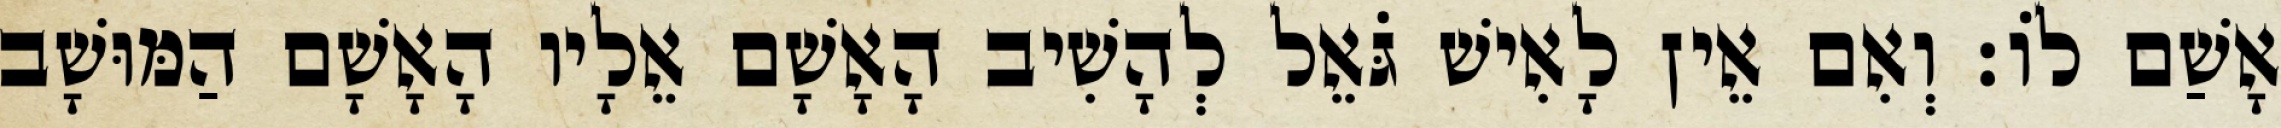
אָשַׁם לוֹ׃ וְאִם אֵין לָאִישׁ גֹּאֵל לְהָשִׁיב הָאָשָׁם אֵלָיו הָאָשָׁם הַמּוּשָׁב